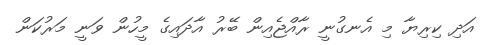
އަދި ކިރިޔާ މި އެނގުނީ ރާއްޖެއިން ބޭރު އާދައިގެ މީހުން ވަނީ މަރުކަން